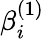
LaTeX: \beta_{i}^{(1)}